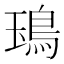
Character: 𩿱